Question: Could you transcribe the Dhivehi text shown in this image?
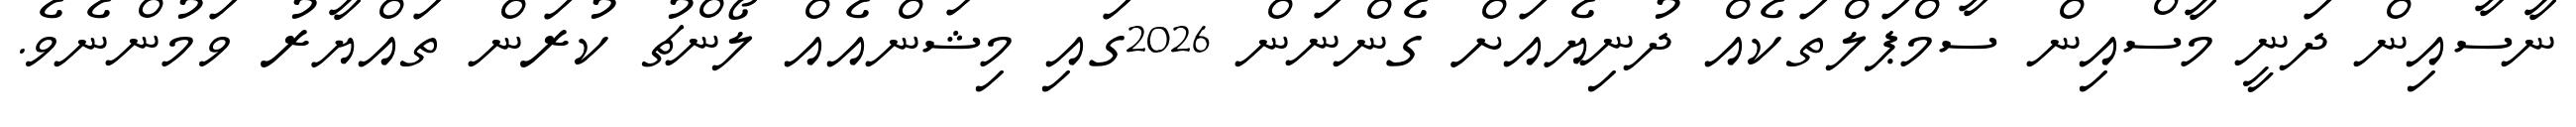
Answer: ނާސާއިން ދަނީ މާސްއިން ސާމްޕަލްތަކެއް ދުނިޔެއަށް ގެންނަން 2026ގައި މިޝަންއެއް ލޯންޗު ކުރަން ތައްޔާރު ވަމުންނެވެ.